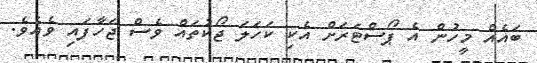
ބައެއް މީހުން އެ ޕޯސްޓަރަށް އެކި ކަހަލަ ޖޯކުތައް ވެސް ޖަހާފައި ވެއެވެ.